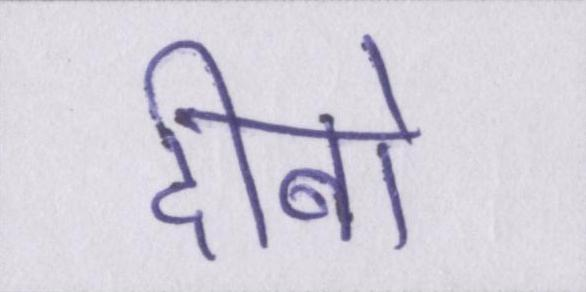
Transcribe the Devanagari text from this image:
दीबो